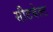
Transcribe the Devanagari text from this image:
सीटबेल्‍ट